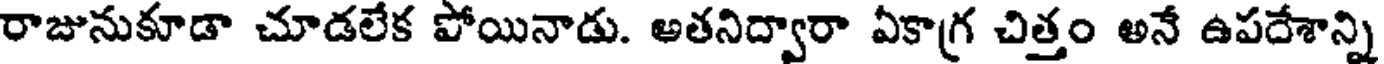
రాజునుకూడా చూడలేక పోయినాడు. అతనిద్వారా ఏకాగ్ర చిత్తం అనే ఉపదేశాన్ని